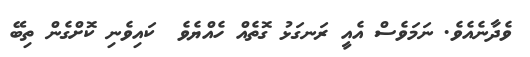
ވެދާނެއެވެ. ނަމަވެސް އެއީ ރަނގަޅު ގޮތެއް ހެއްޔެވެ  ކައިވެނި ކޮށްގެން ތިބޭ